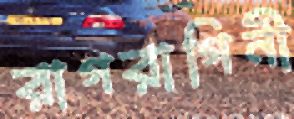
রাগরাগিনী